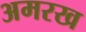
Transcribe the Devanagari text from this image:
अमरख